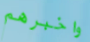
واخبرهم